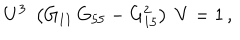
U ^ { 3 } \; \left( G _ { 1 1 } \, G _ { 5 5 } - G _ { 1 5 } ^ { 2 } \right) \; V = 1 \, ,